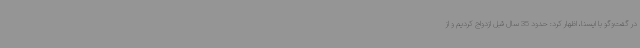
در گفت‌وگو با ایسنا، اظهار کرد: حدود 35 سال قبل ازدواج کردیم و از